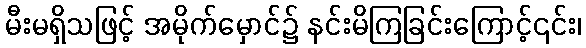
မီးမရှိသဖြင့် အမိုက်မှောင်၌ နင်းမိကြခြင်းကြောင့်၎င်း၊